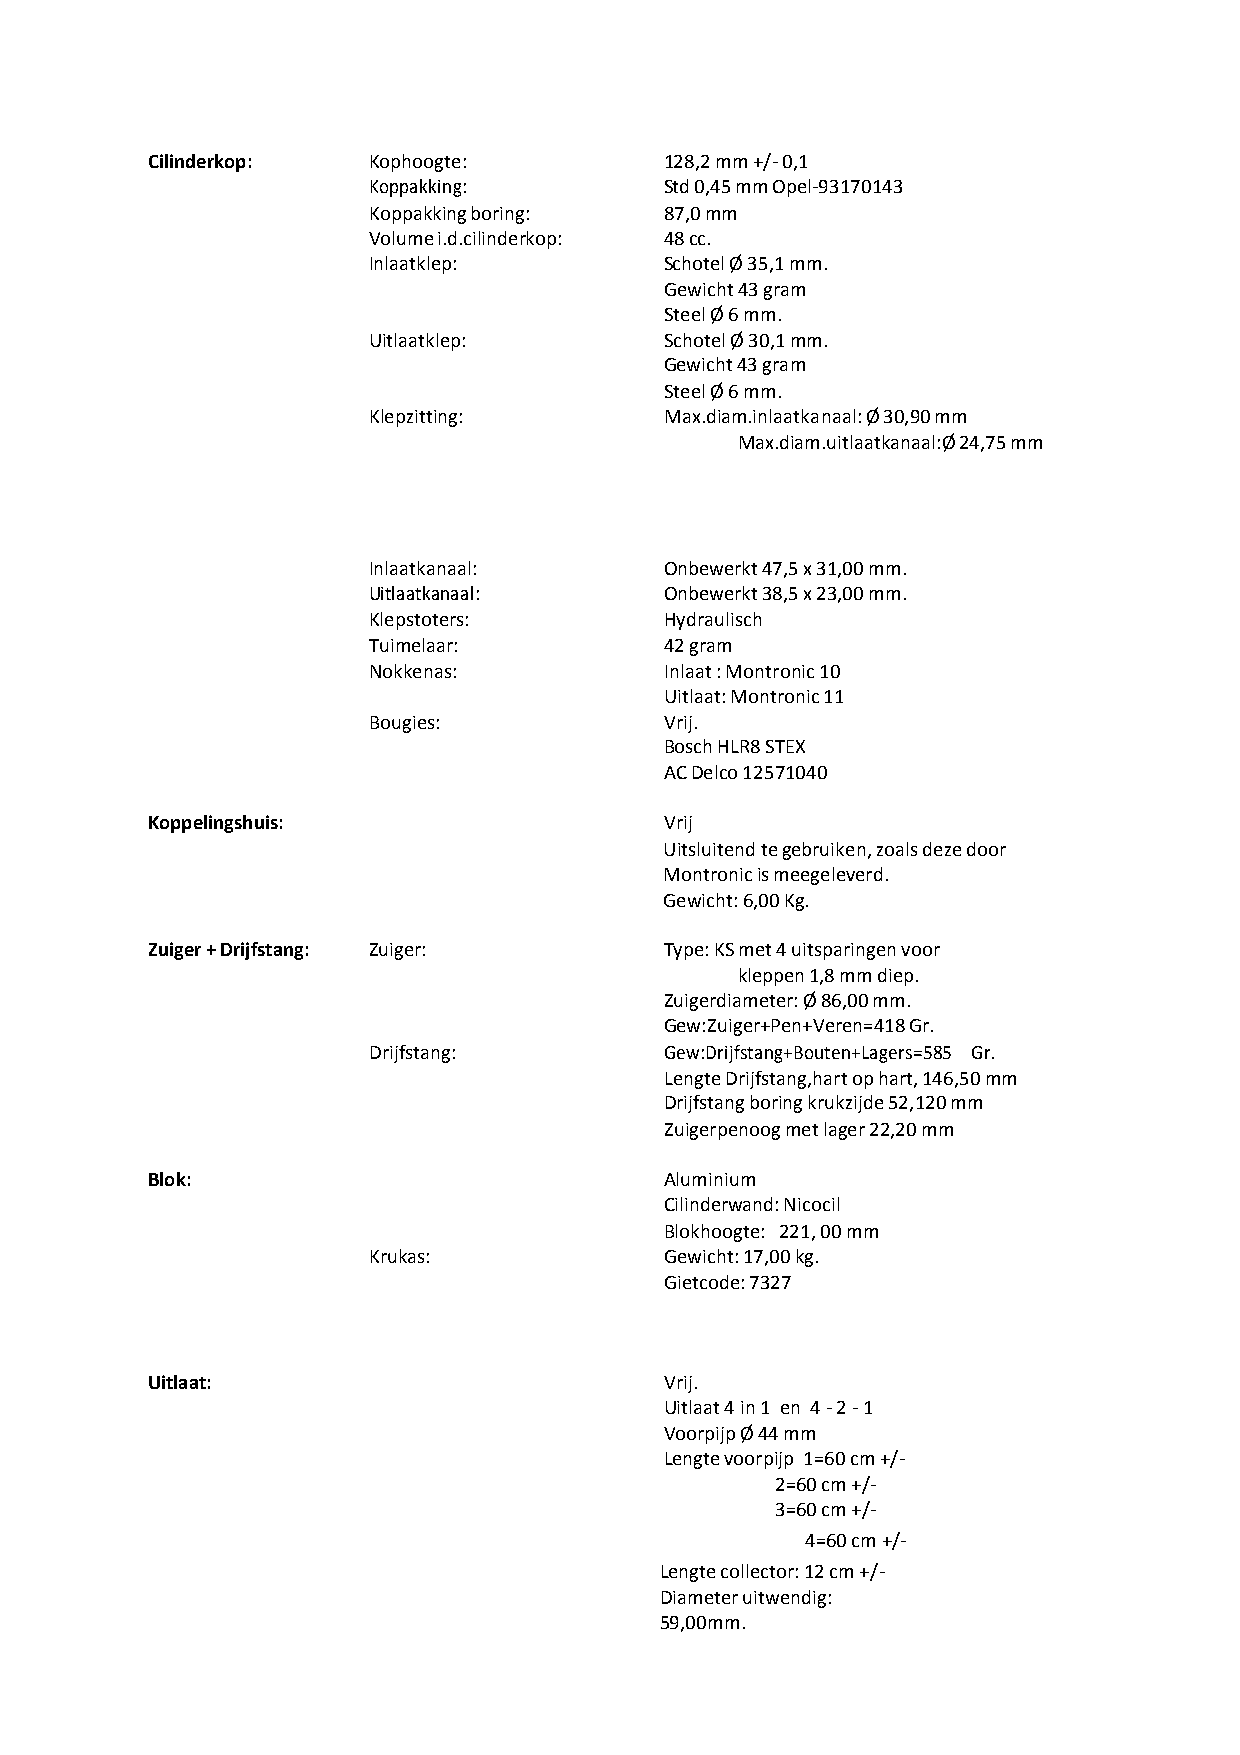
Cilinderkop:  Kophoogte:          128,2 mm +/- 0,1
 Koppakking:         Std 0,45 mm Opel-93170143
 Koppakking boring:  87,0 mm
 Volume i.d.cilinderkop: 48 cc.
 Inlaatklep:         Schotel Ø 35,1 mm.
 Gewicht 43 gram
 Steel Ø 6 mm.
 Uitlaatklep:        Schotel Ø 30,1 mm.
 Gewicht 43 gram
 Steel Ø 6 mm.
 Klepzitting:        Max.diam.inlaatkanaal: Ø 30,90 mm
 Max.diam.uitlaatkanaal:Ø 24,75 mm
 Inlaatkanaal:       Onbewerkt 47,5 x 31,00 mm.
 Uitlaatkanaal:      Onbewerkt 38,5 x 23,00 mm.
 Klepstoters:        Hydraulisch
 Tuimelaar:          42 gram
 Nokkenas:           Inlaat : Montronic 10
 Uitlaat: Montronic 11
 Bougies:            Vrij.
 Bosch HLR8 STEX
 AC Delco 12571040
 Koppelingshuis:                   Vrij
 Uitsluitend te gebruiken, zoals deze door
 Montronic is meegeleverd.
 Gewicht: 6,00 Kg.
 Zuiger + Drijfstang: Zuiger:      Type: KS met 4 uitsparingen voor
 kleppen 1,8 mm diep.
 Zuigerdiameter: Ø 86,00 mm.
 Gew:Zuiger+Pen+Veren=418 Gr.
 Drijfstang:         Gew:Drijfstang+Bouten+Lagers=585 Gr.
 Lengte Drijfstang,hart op hart, 146,50 mm
 Drijfstang boring krukzijde 52,120 mm
 Zuigerpenoog met lager 22,20 mm
 Blok:                             Aluminium
 Cilinderwand: Nicocil
 Blokhoogte: 221, 00 mm
 Krukas:             Gewicht: 17,00 kg.
 Gietcode: 7327
 Uitlaat:                          Vrij.
 Uitlaat 4 in 1 en 4 - 2 - 1
 Voorpijp Ø 44 mm
 Lengte voorpijp 1=60 cm +/-
 2=60 cm +/-
 3=60 cm +/-
 4=60 cm +/-
 Lengte collector: 12 cm +/-
 Diameter uitwendig:
 59,00mm.